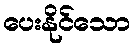
ပေးနိုင်သော